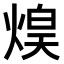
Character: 𤋡